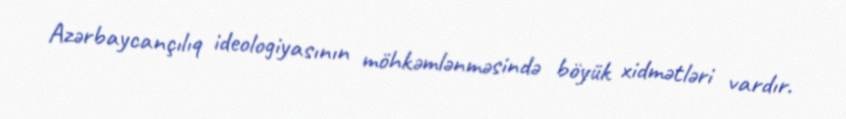
Azərbaycançılıq ideologiyasının möhkəmlənməsində böyük xidmətləri vardır.